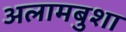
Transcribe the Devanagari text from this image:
अलामबुशा